Civil Veterinary Dept. Bombay admin report 1923-31 - 1923-1931
Year: 1923
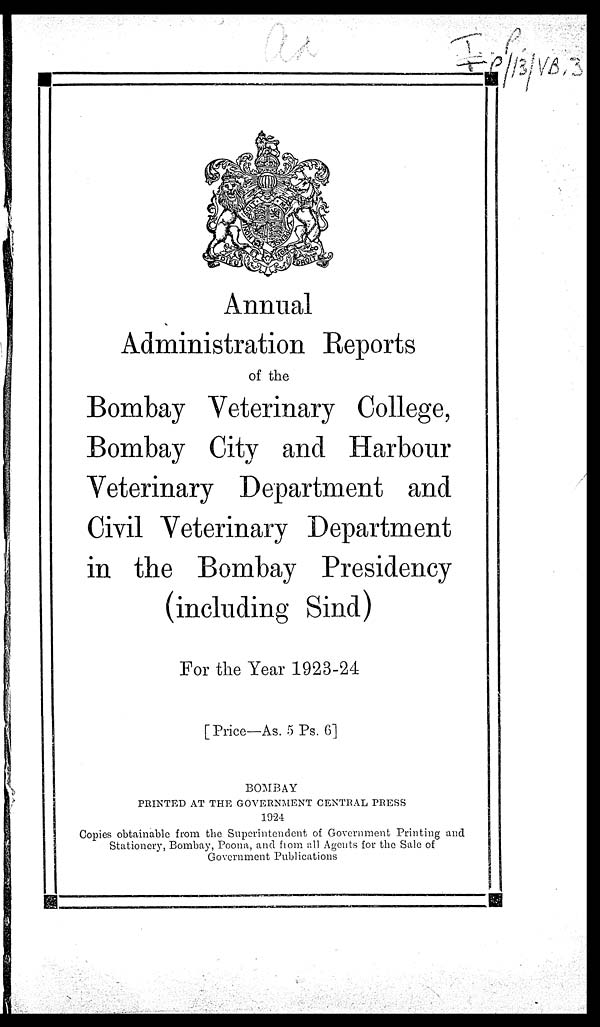
Annual
Administration Reports
of the
Bombay Veterinary College,
Bombay City and Harbour
Veterinary Department and
Civil Veterinary Department
in the Bombay Presidency
(including Sind)
For the Year 1923-24
[Price—As. 5 Ps. 6]
BOMBAY
PRINTED AT THE GOVERNMENT CENTRAL PRESS
1924
Copies obtainable from the Superintendent of Government Printing and
Stationery, Bombay, Poona, and from all Agents for the Sale of
Government Publications